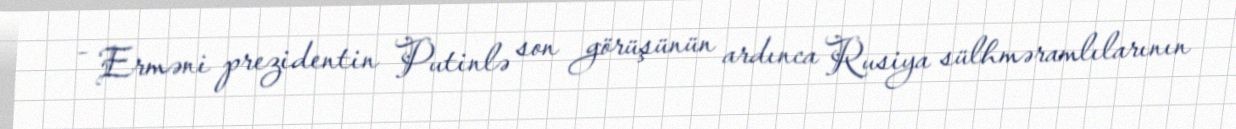
- Erməni prezidentin Putinlə son görüşünün ardınca Rusiya sülhməramlılarının